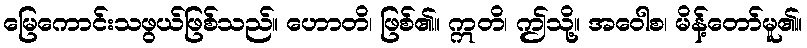
မြေကောင်းသဖွယ်ဖြစ်သည်။ ဟောတိ၊ ဖြစ်၏။ ဣတိ၊ ဤသို့။ အဝေါစ၊ မိန့်တော်မူ၏။